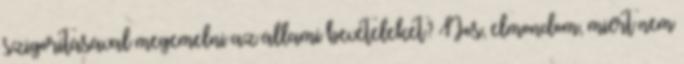
szigorításával megemelni az állami bevételeket? Nos, elmondom, miért nem